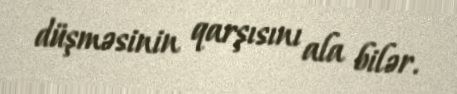
düşməsinin qarşısını ala bilər.